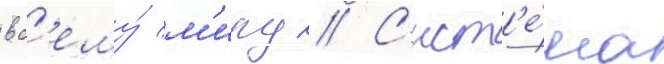
вс'ему́ м'иру // С'ист'е́ма